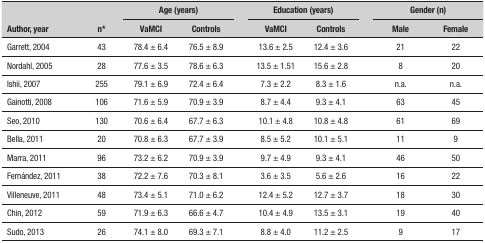
<table><thead><tr><td rowspan="2"><b>Author, year</b></td><td rowspan="2"><b>n*</b></td><td colspan="2"><b>Age (years)</b></td><td rowspan="2"><b> </b></td><td colspan="2"><b>Education (years)</b></td><td rowspan="2"><b> </b></td><td colspan="2"><b>Gender (n)</b></td></tr><tr><td><b>VaMCI</b></td><td><b>Controls</b></td><td><b>VaMCI</b></td><td><b>Controls</b></td><td><b>Male</b></td><td><b>Female</b></td></tr></thead><tbody><tr><td>Garrett, 2004</td><td>43</td><td>78.4 ± 6.4</td><td>76.5 ± 8.9</td><td> </td><td>13.6 ± 2.5</td><td>12.4 ± 3.6</td><td> </td><td>21</td><td>22</td></tr><tr><td>Nordahl, 2005</td><td>28</td><td>77.6 ± 3.5</td><td>78.6 ± 6.3</td><td> </td><td>13.5 ± 1.51</td><td>15.6 ± 2.8</td><td> </td><td>8</td><td>20</td></tr><tr><td>Ishii, 2007</td><td>255</td><td>79.1 ± 6.9</td><td>72.4 ± 6.4</td><td> </td><td>7.3 ± 2.2</td><td>8.3 ± 1.6</td><td> </td><td>n.a.</td><td>n.a.</td></tr><tr><td>Gainotti, 2008</td><td>106</td><td>71.6 ± 5.9</td><td>70.9 ± 3.9</td><td> </td><td>8.7 ± 4.4</td><td>9.3 ± 4.1</td><td> </td><td>63</td><td>45</td></tr><tr><td>Seo, 2010</td><td>130</td><td>70.6 ± 6.4</td><td>67.7 ± 6.3</td><td> </td><td>10.1 ± 4.8</td><td>10.8 ± 4.8</td><td> </td><td>61</td><td>69</td></tr><tr><td>Bella, 2011</td><td>20</td><td>70.8 ± 6.3</td><td>67.7 ± 3.9</td><td> </td><td>8.5 ± 5.2</td><td>10.1 ± 5.1</td><td> </td><td>11</td><td>9</td></tr><tr><td>Marra, 2011</td><td>96</td><td>73.2 ± 6.2</td><td>70.9 ± 3.9</td><td> </td><td>9.7 ± 4.9</td><td>9.3 ± 4.1</td><td> </td><td>46</td><td>50</td></tr><tr><td>Fernández, 2011</td><td>38</td><td>72.2 ± 7.6</td><td>70.3 ± 8.1</td><td> </td><td>3.6 ± 3.5</td><td>5.6 ± 2.6</td><td> </td><td>16</td><td>22</td></tr><tr><td>Villeneuve, 2011</td><td>48</td><td>73.4 ± 5.1</td><td>71.0 ± 6.2</td><td> </td><td>12.4 ± 5.2</td><td>12.7 ± 3.7</td><td> </td><td>18</td><td>30</td></tr><tr><td>Chin, 2012</td><td>59</td><td>71.9 ± 6.3</td><td>66.6 ± 4.7</td><td> </td><td>10.4 ± 4.9</td><td>13.5 ± 3.1</td><td> </td><td>19</td><td>40</td></tr><tr><td>Sudo, 2013</td><td>26</td><td>74.1 ± 8.0</td><td>69.3 ± 7.1</td><td> </td><td>8.8 ± 4.0</td><td>11.2 ± 2.5</td><td> </td><td>9</td><td>17</td></tr></tbody></table>